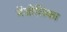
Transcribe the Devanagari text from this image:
मेंजोलिका